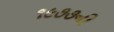
૧૯૭૭ની